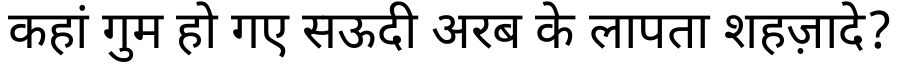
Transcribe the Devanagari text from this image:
कहां गुम हो गए सऊदी अरब के लापता शहज़ादे?